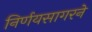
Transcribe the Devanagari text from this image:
निर्णयसागरने